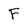
Character: F